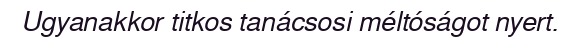
Ugyanakkor titkos tanácsosi méltóságot nyert.